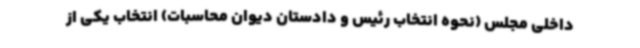
داخلی مجلس (نحوه انتخاب رئیس و دادستان دیوان محاسبات) انتخاب یکی از